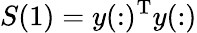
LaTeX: S(1)=y(:)^{\mathrm{T}}y(:)